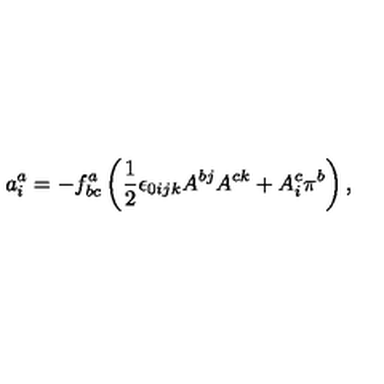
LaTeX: a _ { i } ^ { a } = - f _ { b c } ^ { a } \left( \frac { 1 } { 2 } \epsilon _ { 0 i j k } A ^ { b j } A ^ { c k } + A _ { i } ^ { c } \pi ^ { b } \right) ,